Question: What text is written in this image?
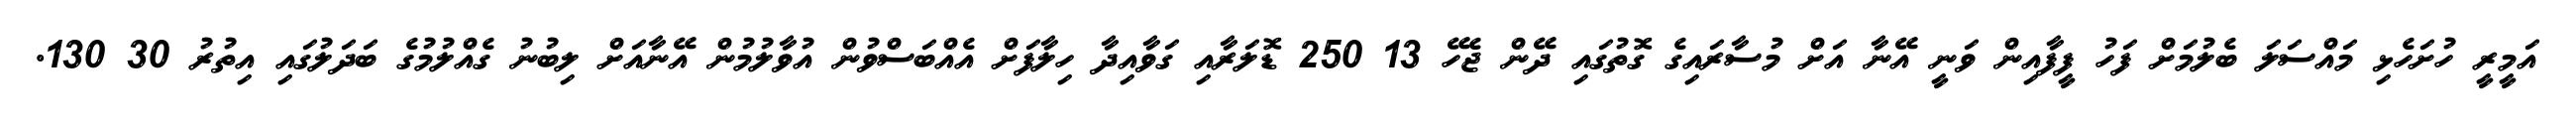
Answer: އަމީރީ ހުށަހެޅި މައްސަލަ ބެލުމަށް ފަހު ފީފާއިން ވަނީ އޭނާ އަށް މުސާރައިގެ ގޮތުގައި ދޭން ޖެހޭ 13 250 ޑޮލަރާއި ގަވާއިދާ ހިލާފަށް އެއްބަސްވުން އުވާލުމުން އޭނާއަށް ލިބުނު ގެއްލުމުގެ ބަދަލުގައި އިތުރު 30 130.